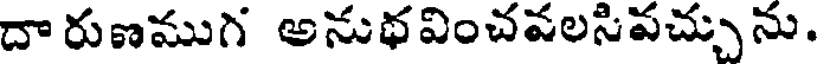
దా రుణముగ అనుథవించవలసిపచ్చును.